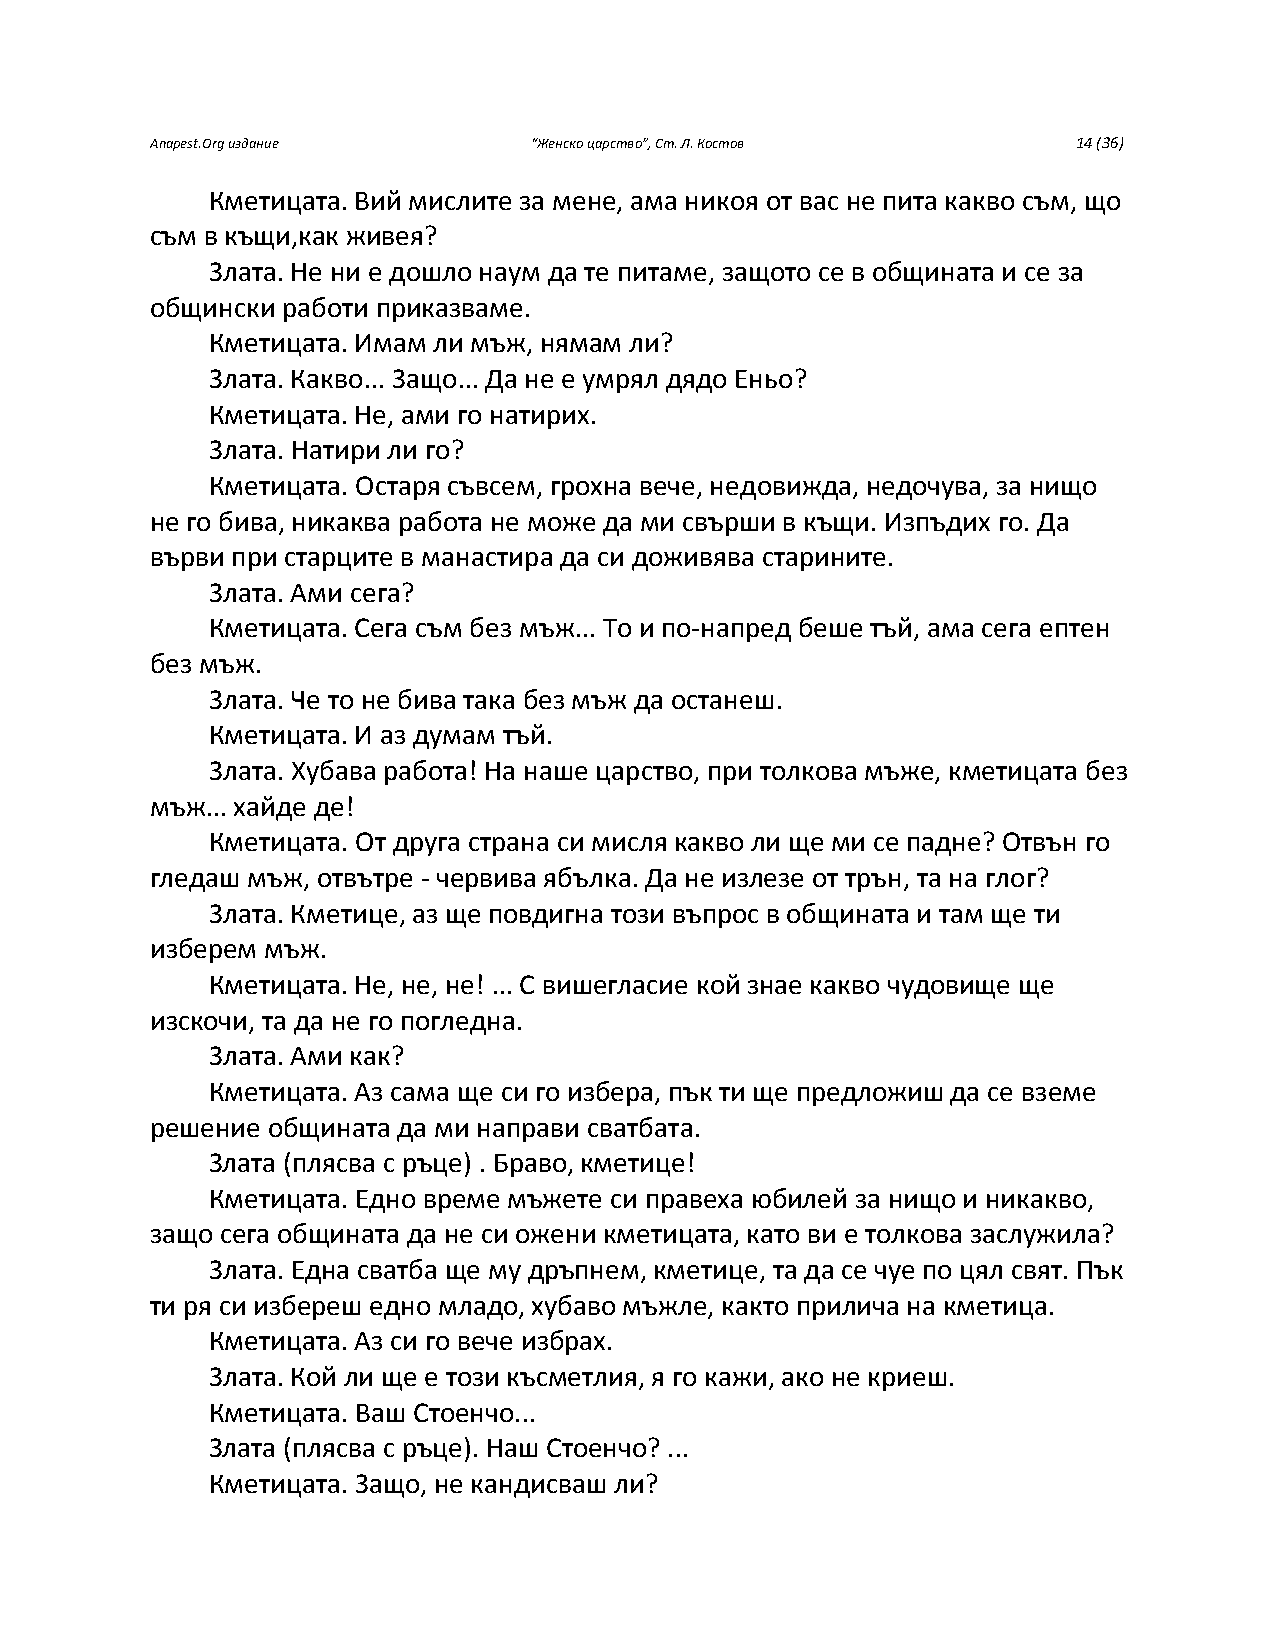
Anapest.Org издание      “Женско царство”, Ст. Л. Костов     14 (36)
 Кметицата. Вий мислите за мене, ама никоя от вас не пита какво съм, що
 съм в къщи,как живея?
 Злата. Не ни е дошло наум да те питаме, защото се в общината и се за
 общински работи приказваме.
 Кметицата. Имам ли мъж, нямам ли?
 Злата. Какво... Защо... Да не е умрял дядо Еньо?
 Кметицата. Не, ами го натирих.
 Злата. Натири ли го?
 Кметицата. Остаря съвсем, грохна вече, недовижда, недочува, за нищо
 не го бива, никаква работа не може да ми свърши в къщи. Изпъдих го. Да
 върви при старците в манастира да си доживява старините.
 Злата. Ами сега?
 Кметицата. Сега съм без мъж... То и по-напред беше тъй, ама сега ептен
 без мъж.
 Злата. Че то не бива така без мъж да останеш.
 Кметицата. И аз думам тъй.
 Злата. Хубава работа! На наше царство, при толкова мъже, кметицата без
 мъж... хайде де!
 Кметицата. От друга страна си мисля какво ли ще ми се падне? Отвън го
 гледаш мъж, отвътре - червива ябълка. Да не излезе от трън, та на глог?
 Злата. Кметице, аз ще повдигна този въпрос в общината и там ще ти
 изберем мъж.
 Кметицата. Не, не, не! ... С вишегласие кой знае какво чудовище ще
 изскочи, та да не го погледна.
 Злата. Ами как?
 Кметицата. Аз сама ще си го избера, пък ти ще предложиш да се вземе
 решение общината да ми направи сватбата.
 Злата (плясва с ръце) . Браво, кметице!
 Кметицата. Едно време мъжете си правеха юбилей за нищо и никакво,
 защо сега общината да не си ожени кметицата, като ви е толкова заслужила?
 Злата. Една сватба ще му дръпнем, кметице, та да се чуе по цял свят. Пък
 ти ря си избереш едно младо, хубаво мъжле, както прилича на кметица.
 Кметицата. Аз си го вече избрах.
 Злата. Кой ли ще е този късметлия, я го кажи, ако не криеш.
 Кметицата. Ваш Стоенчо...
 Злата (плясва с ръце). Наш Стоенчо? ...
 Кметицата. Защо, не кандисваш ли?